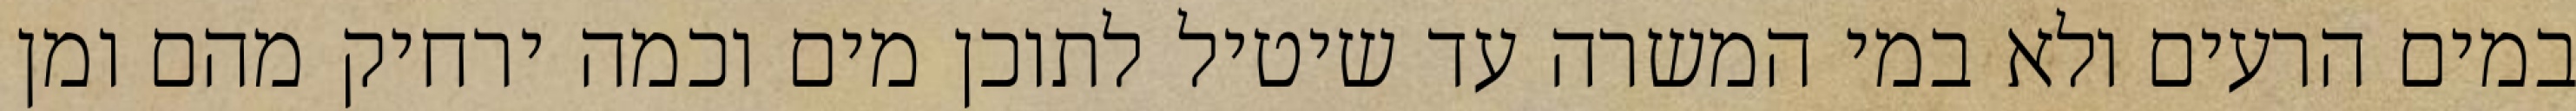
במים הרעים ולא במי המשרה עד שיטיל לתוכן מים וכמה ירחיק מהם ומן